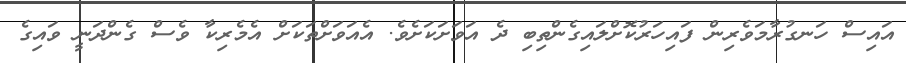
އައިސް ހަނގުރާމަވެރިން ފައިހަރުކޮށްލައިގެންތިބި ދެ އަވަށަކަށެވެ. އެއަވަށްތަކަށް އެމެރިކާ ވެސް ގެންދަނީ ވައިގެ